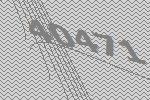
40471